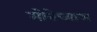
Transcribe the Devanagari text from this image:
मोनेच्याअ